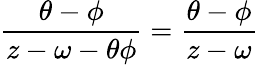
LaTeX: \frac{\theta-\phi}{z-\omega-\theta\phi}=\frac{\theta-\phi}{z-\omega}